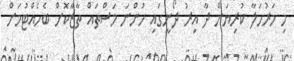
މި މަރުހަލާ ކުރިޔަށް ދާ އިރު ދޯނީގައި ހުންނަ މަސްތައް ތާޒާކޮށް ބެހެއްޓުމަށް